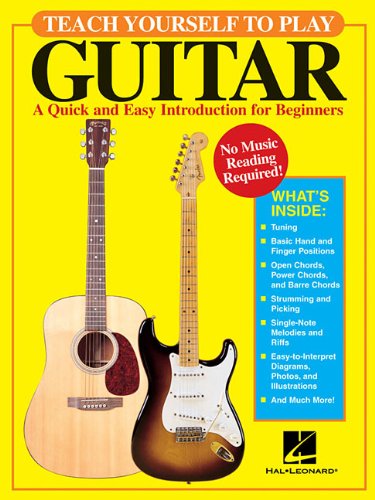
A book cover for Teach Yourself to Play Guitar: A Quick and Easy Introduction for Beginners; David M. Brewster; Arts & Photography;